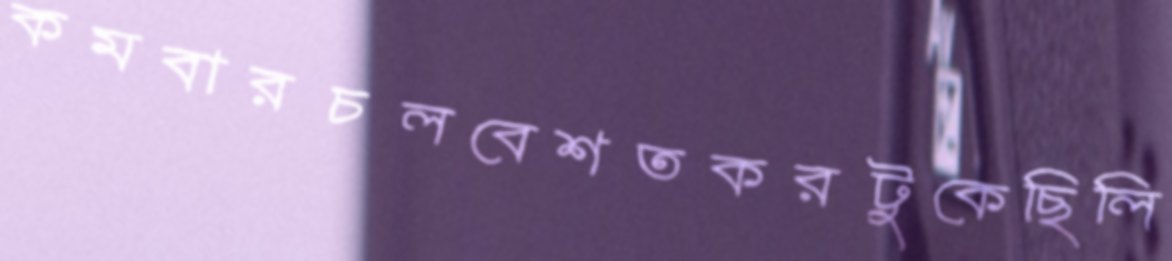
কমবারচলবেশতকরটুকেছিলি